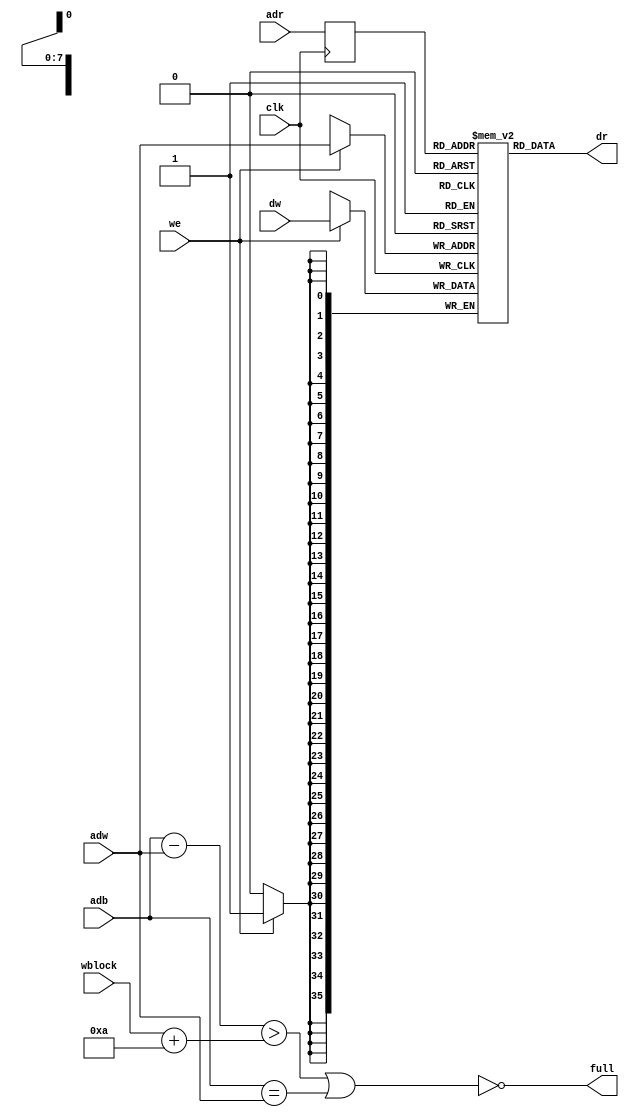
// This  Verilog HDL  source  file was  automatically generated
// by C++ model based on VPP library. Modification of this file
// is possible, but if you want to keep it in sync with the C++
// model,  please  modify  the model and re-generate this file.
// VPP library web-page: http://www.phys.ufl.edu/~madorsky/vpp/

// Timestamp : Tue Apr 19 16:45:54 2022

module best_memory
(
    adw,
    adr,
    adb,
    dw,
    dr,
    we,
    wblock,
    full,
    clk
);

    input [7:0] adw;
    input [7:0] adr;
    input [7:0] adb;
    input [35:0] dw;
    output [35:0] dr;
    input we;
    input [7:0] wblock;
    output full;
    input clk;

    reg [7:0] adrr;
    reg [35:0] mem [255:0];
    // synthesis attribute ram_style of mem is block
    wire [7:0] diff;
    assign diff = adb - adw;
    assign full = !((diff > (wblock + 10)) || (adb == adw));
    always @(posedge clk) 
    begin
        if (we) mem[adw] = dw;
        adrr = adr;
    end
    assign dr = mem[adrr];
endmodule